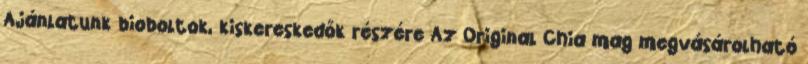
Ajánlatunk bioboltok, kiskereskedők részére Az Original Chia mag megvásárolható